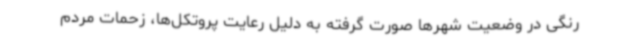
رنگی در وضعیت شهرها صورت گرفته به دلیل رعایت پروتکل‌ها، زحمات مردم